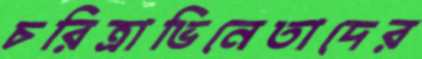
চরিত্রাভিনেতাদের